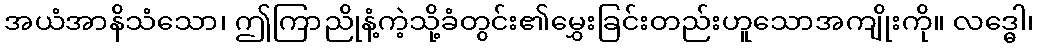
အယံအာနိသံသော၊ ဤကြာညိုနံ့ကဲ့သို့ခံတွင်း၏မွှေးခြင်းတည်းဟူသောအကျိုးကို။ လဒ္ဓေါ၊